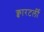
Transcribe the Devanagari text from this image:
क्वारटर्ली